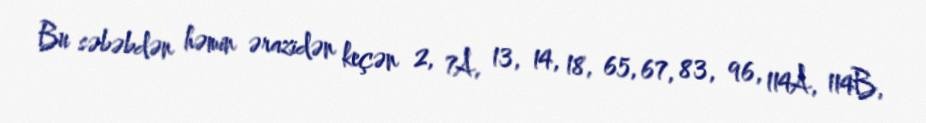
Bu səbəbdən həmin ərazidən keçən 2, 7A, 13, 14, 18, 65, 67, 83, 96, 114A, 114B,